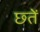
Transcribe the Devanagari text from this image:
छ्तें